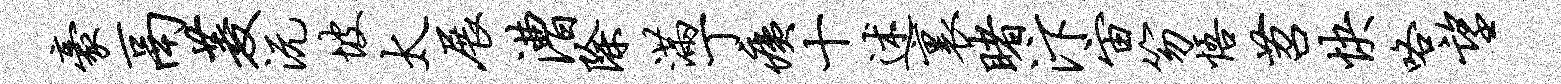
豪鬲菱沅坡太展漕除满丁痍十述里睹汴宙笏悟苕快咯望